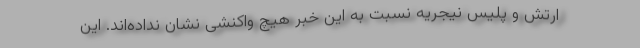
ارتش و پلیس نیجریه نسبت به این خبر هیچ واکنشی نشان نداده‌اند. این